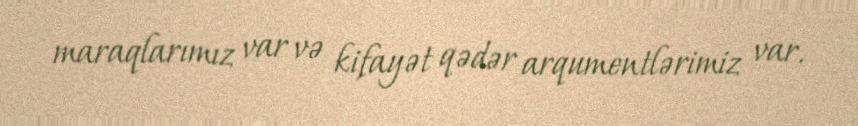
maraqlarımız var və kifayət qədər arqumentlərimiz var.